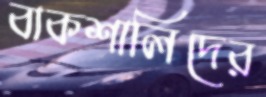
বাকশালিদের